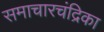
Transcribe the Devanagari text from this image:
समाचारचंद्रिका